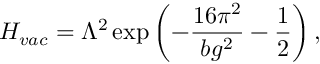
H _ { v a c } = \Lambda ^ { 2 } \exp \left( - \frac { 1 6 \pi ^ { 2 } } { b g ^ { 2 } } - \frac 1 2 \right) ,